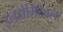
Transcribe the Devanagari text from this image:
इनडोमिटेबल